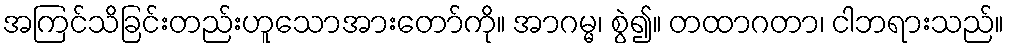
အကြင်သိခြင်းတည်းဟူသောအားတော်ကို။ အာဂမ္မ၊ စွဲ၍။ တထာဂတာ၊ ငါဘရားသည်။